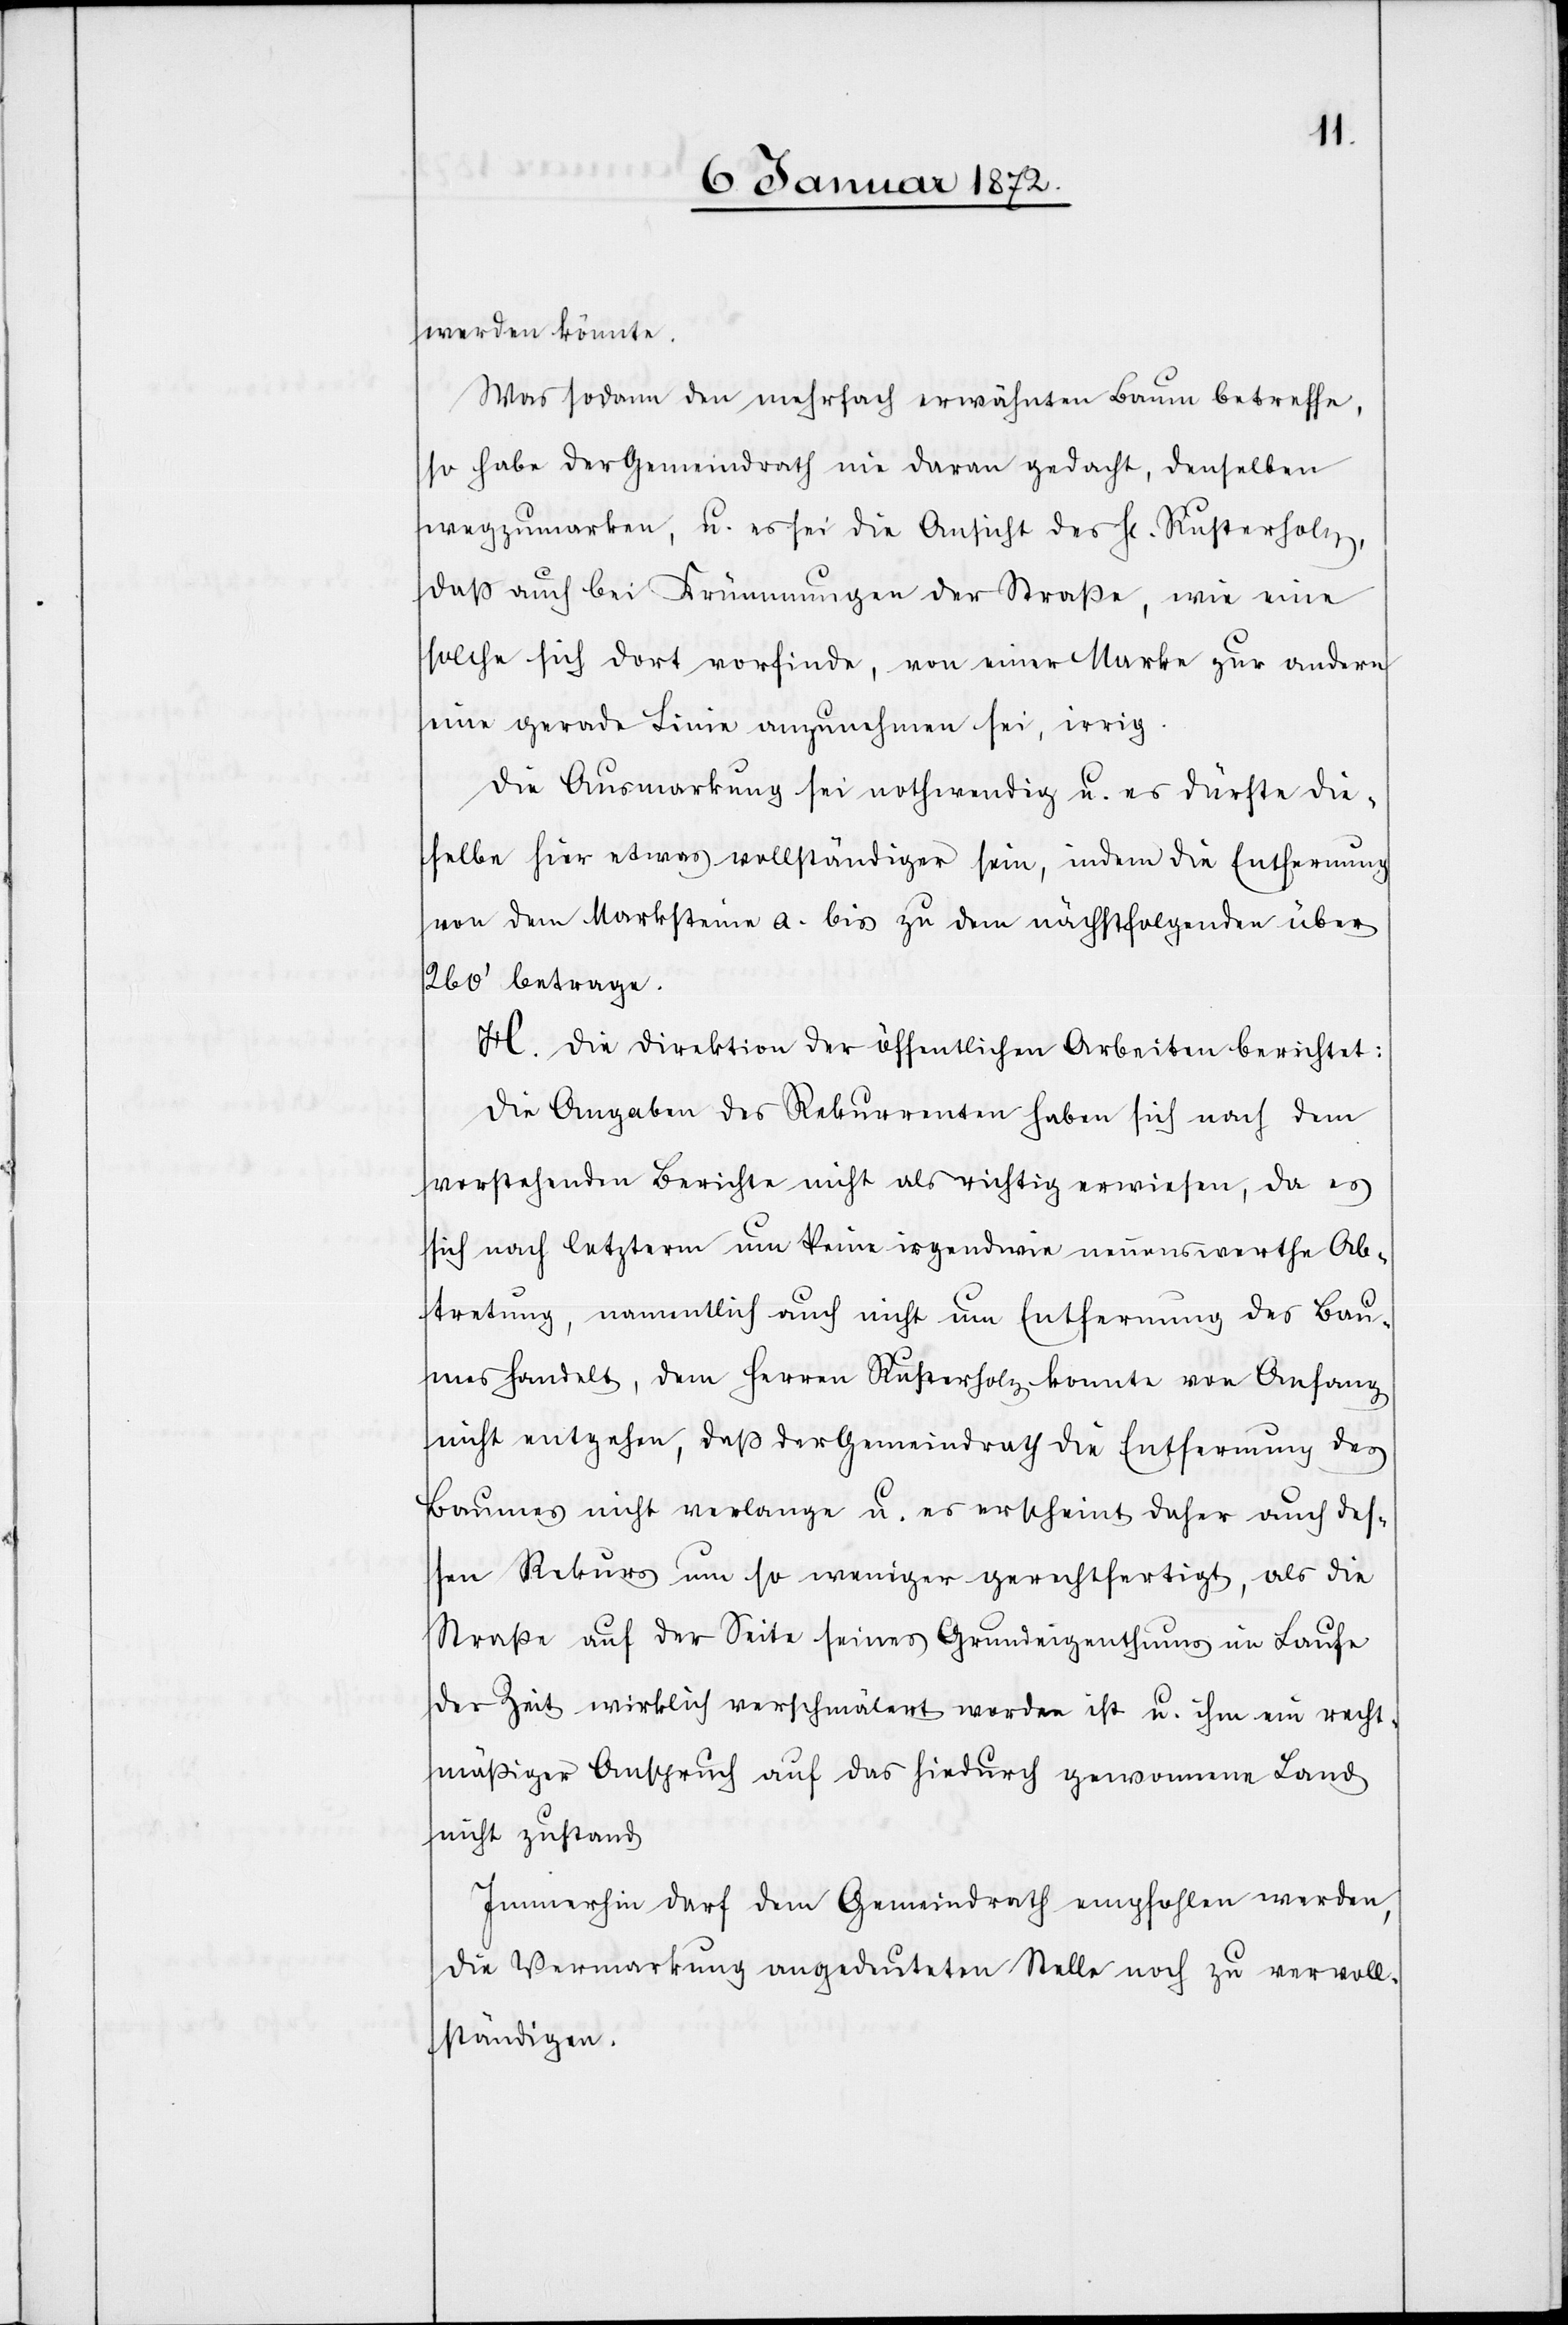
werden könnte.
Was sodann den mehrfach erwähnten Baum betreffe,
so habe der Gemeindrath nie daran gedacht, denselben
wegzumarken, u. es sei die Ansicht des H[erren] Rusterholz,
daß auch bei Krümmungen der Straße, wie eine
solche sich dort vorfinde, von einer Marke zur andern
eine gerade Linie anzunehmen sei, irrig.
Die Ausmarkung sei nothwendig u. es dürfte die¬
selbe hier etwas vollständiger sein, indem die Entfernung
von dem Marksteine a. bis zu dem nächstfolgenden über
260' betrage.
H. Die Direktion der öffentlichen Arbeiten berichtet:
Die Angaben des Rekurrenten haben sich nach dem
vorstehenden Berichte nicht als richtig erwiesen, da es
sich nach letzterm um keine irgendwie nennenswerthe Ab¬
tretung, namentlich auch nicht um Entfernung des Bau¬
mes handelt, dem Herren Rusterholz konnte von Anfang
nicht entgehen, daß der Gemeindrath die Entfernung des
Baumes nicht verlange u. es erscheint daher auch des¬
sen Rekurs um so weniger gerechtfertigt, als die
Straße auf der Seite seines Grundeigenthums im Laufe
der Zeit wirklich verschmälert worden ist u. ihm ein recht¬
mässiger Anspruch auf das hiedurch gewonnene Lande
nicht zustand.
Immerhin darf dem Gemeindrath empfohlen werden,
die Vermarkung angedeuteten Stelle noch zu vervoll¬
ständigen.